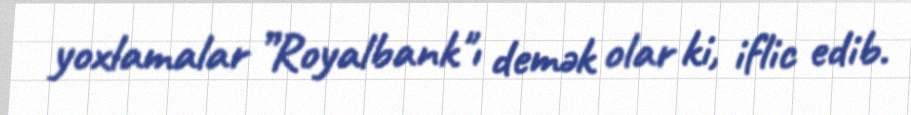
yoxlamalar ”Royalbank"ı demək olar ki, iflic edib.